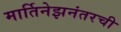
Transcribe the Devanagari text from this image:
मार्तिनेझनंतरची